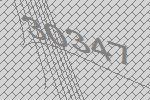
30347